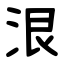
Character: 泿